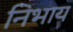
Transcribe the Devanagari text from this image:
निभाय